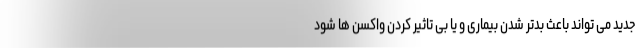
جدید می تواند باعث بدتر شدن بیماری و یا بی تاثیر کردن واکسن ها شود